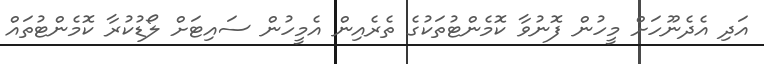
އަދި އެދެނޫހަށް މީހުން ފޮނުވާ ކޮމެންޓުތަކުގެ ތެރެއިން އެމީހުން ސައިޓަށް ލޯޑުކުރާ ކޮމެންޓުތައް